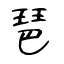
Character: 琶